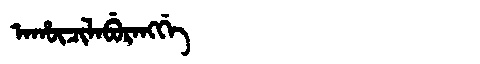
Manchu: ᠠᡥᡡᠴᡳᠯᠠᠪᡠᡵᠠᠩᡤᡝ
Romanization: AHŪCILABURANGGE